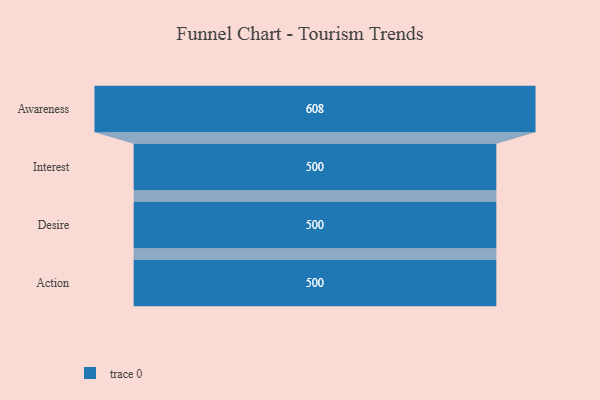
{"axis": {"x": "Stage", "y": "Value"}, "legend": [""], "data": [{"x": "Awareness", "y": 608.0, "type": ""}, {"x": "Interest", "y": 500, "type": ""}, {"x": "Desire", "y": 500, "type": ""}, {"x": "Action", "y": 500, "type": ""}]}